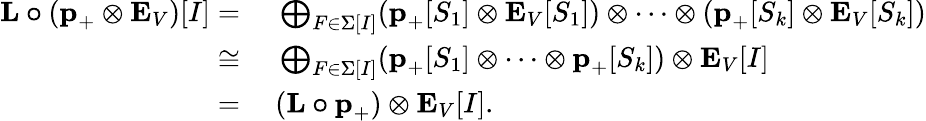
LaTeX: \begin{array}{rl}{\textbf{L}\boldsymbol{\circ}(\textbf{p}_{+}\otimes\textbf{E}_{V})[I]=}&{\ \bigoplus_{F\in\Sigma[I]}(\textbf{p}_{+}[S_{1}]\otimes\textbf{E}_{V}[S_{1}])\otimes\dots\otimes(\textbf{p}_{+}[S_{k}]\otimes\textbf{E}_{V}[S_{k}])}\\ {\cong}&{\ \bigoplus_{F\in\Sigma[I]}(\textbf{p}_{+}[S_{1}]\otimes\dots\otimes\textbf{p}_{+}[S_{k}])\otimes\textbf{E}_{V}[I]}\\ {=}&{\ (\textbf{L}\boldsymbol{\circ}\textbf{p}_{+})\otimes\textbf{E}_{V}[I].}\end{array}